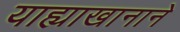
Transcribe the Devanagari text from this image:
याह्याखानाने